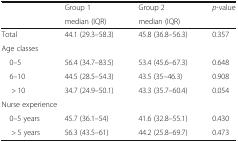
<table><thead><tr><td rowspan="2"></td><td><b>Group 1</b></td><td><b>Group 2</b></td><td rowspan="2"><b><i>p</i>-value</b></td></tr><tr><td><b>median (IQR)</b></td><td><b>median (IQR)</b></td></tr></thead><tbody><tr><td>Total</td><td>44.1 (29.3–58.3)</td><td>45.8 (36.8–56.3)</td><td>0.357</td></tr><tr><td colspan="4">Age classes</td></tr><tr><td> 0–5</td><td>56.4 (34.7–83.5)</td><td>53.4 (45.6–67.3)</td><td>0.648</td></tr><tr><td> 6–10</td><td>44.5 (28.5–54.3)</td><td>43.5 (35–46.3)</td><td>0.908</td></tr><tr><td>&gt; 10</td><td>34.7 (24.9–50.1)</td><td>43.3 (35.7–60.4)</td><td>0.054</td></tr><tr><td colspan="4">Nurse experience</td></tr><tr><td> 0–5 years</td><td>45.7 (36.1–54)</td><td>41.6 (32.8–55.1)</td><td>0.430</td></tr><tr><td>&gt; 5 years</td><td>56.3 (43.5–61)</td><td>44.2 (25.8–69.7)</td><td>0.473</td></tr></tbody></table>